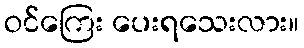
ဝင်ကြေး ပေးရသေးလား။